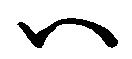
ハ